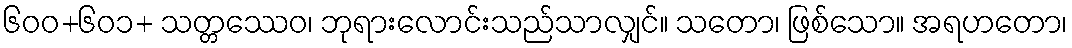
၆၀၀+၆၀၁+ သတ္တဿေဝ၊ ဘုရားလောင်းသည်သာလျှင်။ သတော၊ ဖြစ်သော။ အရဟတော၊